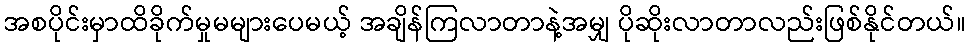
အစပိုင်းမှာထိခိုက်မှုမများပေမယ့် အချိန်ကြလာတာနဲ့အမျှ ပိုဆိုးလာတာလည်းဖြစ်နိုင်တယ်။